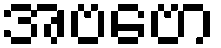
အဗဗော